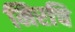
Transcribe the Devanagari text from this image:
मिरचि